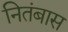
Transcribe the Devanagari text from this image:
नितंबास